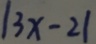
\vert 3 x - 2 \vert